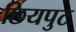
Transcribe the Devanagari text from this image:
छियपुट